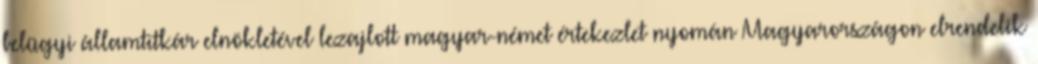
belügyi államtitkár elnökletével lezajlott magyar-német értekezlet nyomán Magyarországon elrendelik